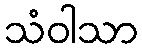
သံဝါသာ